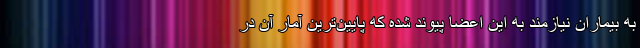
به بیماران نیازمند به این اعضا پیوند شده که پایین‌ترین آمار آن در